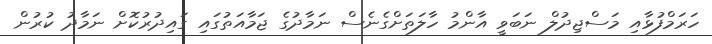
ހަރަމްފުޅާއި މަސްޖިދުލް ނަބަވީ އާންމު ހާލަތަށްގެނެސް ނަމާދުގެ ޖަމާއަތުގައި ގައިދުރުކޮށް ނަމާދު ކުރުން